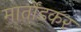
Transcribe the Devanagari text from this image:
मार्तोंडकर